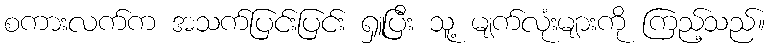
စကားလက်က အသက်ပြင်းပြင်း ရှူပြီး သူ့ မျက်လုံးများကို ကြည့်သည်။